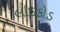
લાડકોડ